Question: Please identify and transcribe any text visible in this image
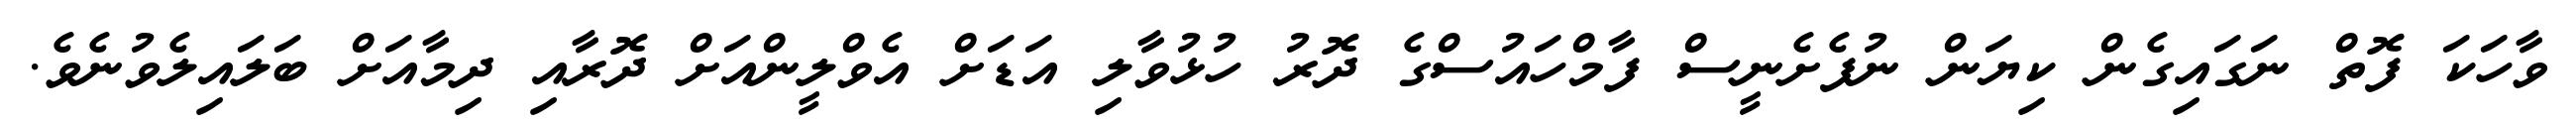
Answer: ވާހަކަ ފޮތް ނަގައިގެން ކިޔަން ނުފެށެނީސް ފާމްހައުސްގެ ދޮރު ހުޅުވާލި އަޑަށް އެވްލީންއަށް ދޮރާއި ދިމާއަށް ބަލައިލެވުނެވެ.